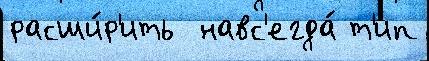
расши́р'ить  навс'егда́ т'ип